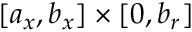
[ a _ { x } , b _ { x } ] \times [ 0 , b _ { r } ]